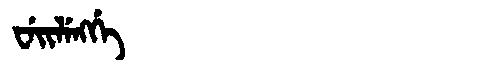
Manchu: ᠸᡝᡳᠯᡝᠩᡤᡝ
Romanization: WEILENGGE